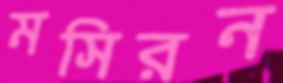
মসিরন